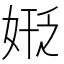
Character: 𪥻